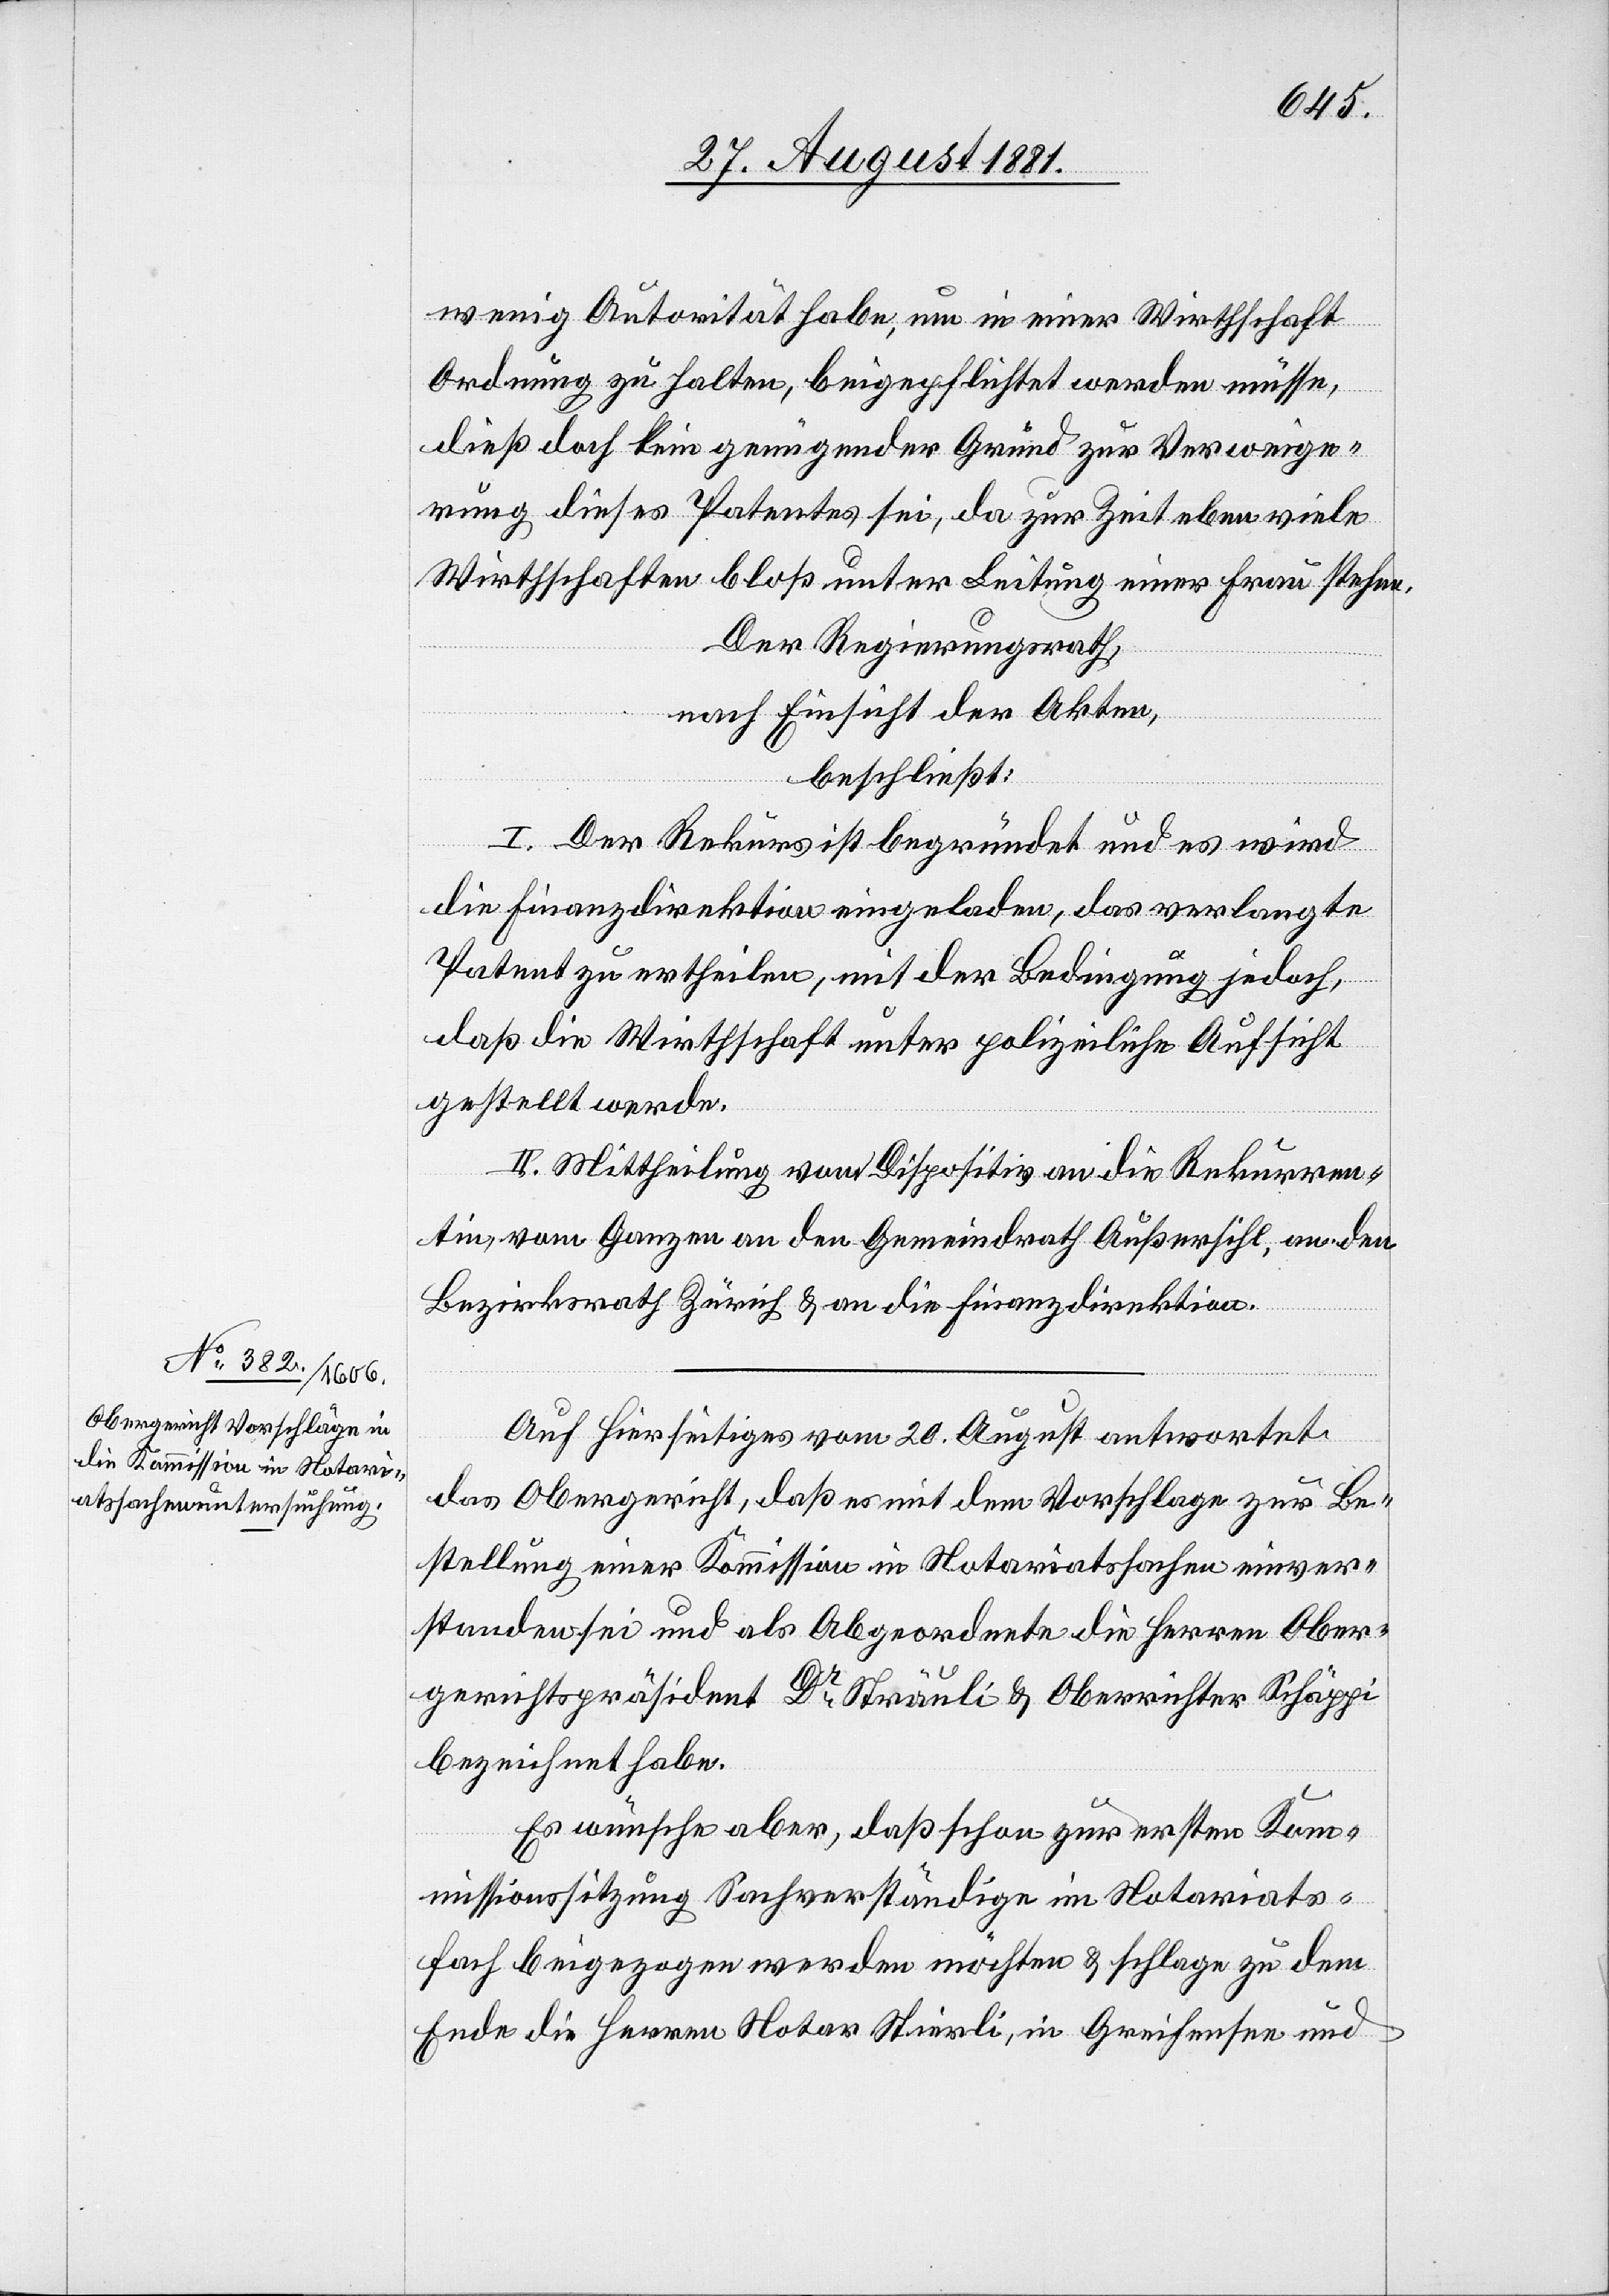
wenig Autorität habe, um in einer Wirthschaft
Ordnung zu halten, beigepflichtet werden müsse,
dieß doch kein genügender Grund zur Verweige¬
rung dieses Patentes sei, da zur Zeit eben viele
Wirthschaften bloß unter Leitung einer Frau stehen.
Der Regierungsrath,
nach Einsicht der Akten,
beschließt:
I. Der Rekurs ist begründet und es wird
die Finanzdirektion eingeladen, das verlangte
Patent zu ertheilen, mit der Bedingung jedoch,
daß die Wirthschaft unter polizeiliche Aufsicht
gestellt werde.
II. Mittheilung vom Dispositiv an die Rekurren¬
tin, vom Ganzen an den Gemeindrath Außersihl, an den
Bezirksrath Zürich & an die Finanzdirektion.
Auf Hierseitiges vom 20. August antwortet
das Obergericht, daß es mit dem Vorschlage zur Be¬
stellung einer Kommission in Notariatssachen einver¬
standen sei und als Abgeordnete die Herren Ober¬
gerichtspräsident Dr Sträuli & Oberrichter Schäppi
bezeichnet habe.
Es wünsche aber, daß schon zur ersten Kom¬
missionssitzung Sachverständige im Notariats¬
fach beigezogen werden möchten & schlage zu dem
Ende die Herren Notar Stierli, in Greifensee und